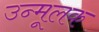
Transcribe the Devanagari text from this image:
उन्मूलक